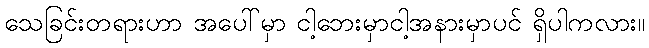
သေခြင်းတရားဟာ အပေါ်မှာ ငါ့ဘေးမှာငါ့အနားမှာပင် ရှိပါကလား။